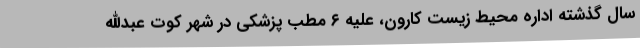
سال گذشته اداره محیط زیست کارون، علیه ۶ مطب پزشکی در شهر کوت عبدالله